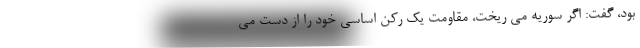
بود، گفت: اگر سوریه می ریخت، مقاومت یک رکن اساسی خود را از دست می